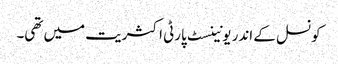
کونسل کے اندر یونینسٹ پارٹی اکثریت میں تھی۔